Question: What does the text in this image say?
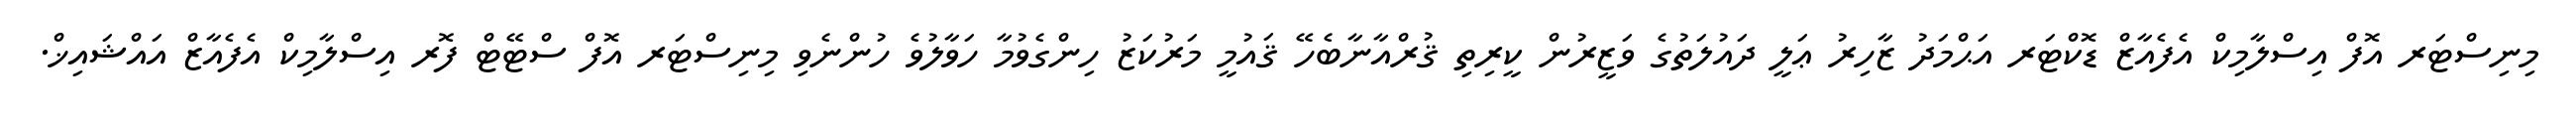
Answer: މިނިސްޓަރ އޮފް އިސްލާމިކް އެފެއާޒް ޑޮކްޓަރ އަޙްމަދު ޒާހިރު ޢަލީ ދައުލަތުގެ ވަޒީރުން ކީރިތި ޤުރްއާނާބެހޭ ޤައުމީ މަރުކަޒު ހިންގެވުމާ ހަވާލުވެ ހުންނެވި މިނިސްޓަރ އޮފް ސްޓޭޓް ފޮރ އިސްލާމިކް އެފެއާޒް އައްޝައިޚް.